Medical and sanitary report on the native army of Bombay for the year
Year: 1878
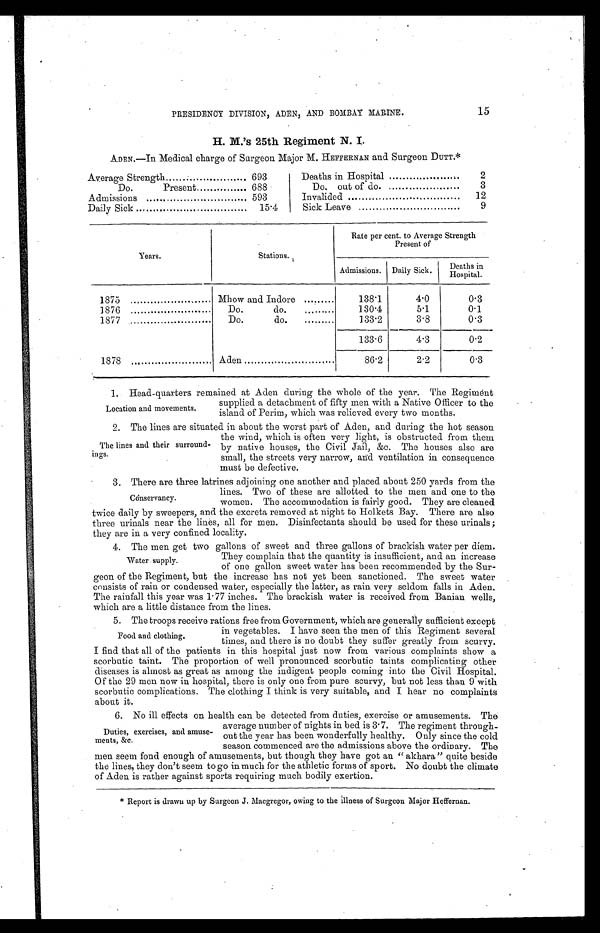
15
PRESIDENCY DIVISION, ADEN, AND BOMBAY MARINE.
H. M.’s 25th Regiment N. I.
ADEN.—In Medical charge of Surgeon Major M. HEFFERNAN and Surgeon DUTT.*
Average Strength
693
Deaths in Hospital
2
Do.
Present
688
Do.out of do.
3
Admissions
593
Invalided
12
Daily Sick
15.4
Sick Leave
9
Years.
Stations.
Rate per cent. to Average Strength
Present of
Admissions. Daily Sick.
Deaths
in Hospital.
1875
Mhow and Indore
138.1
4.0
0.3
1876
Do.
do.
130.4
5.1
0.1
1877 .
Do.
do.
133.2
3.8
0.3
133.6
4.3
0.2
1878
Aden
86.2
2.2
0.3
1. Head-quarters remained at Aden during the whole of the year. The Regim ėnt
supplied a detachment of fifty men with a Native Officer to the
island of Perim. which was relieved every two months.
2. The lines are situated in about the worst part of Aden, and during the hot season
the wind, which is often very light, is obstructed from them
by native houses, the Civil Jail, &c. The houses also are
small, the streets very narrow, and ventilation in consequence
must be defective.
3. There are three latrines adjoining one another and placed about 250 yards from the
lines. Two of these are allotted to the men and one to the
women. The accommodation is fairly good. They are cleaned
twice daily by sweepers, and the excreta removed at night to Holkets Bay. There are also
three urinals near the lines, all for men. Disinfectants should be used for these urinals ;
they are in a very confined locality.
4. The men get two gallons of sweet and three gallons of brackish water per diem.
They complain that the quantity is insufficient, and an increase
of one gallon sweet water has been recommended by the Sur-
geon of the Regiment, but the increase has not yet been sanctioned. The sweet water
consists of rain or condensed water, especially the latter, as rain very seldom falls in Aden.
The rainfall this year was 1.77 inches. The brackish water is received from Banian wells,
which are a little distance from the lines.
5. The troops receive rations free from Government, which are generally sufficient except
in vegetables. I have seen the men of this Regiment several
times, and there is no doubt they suffer greatly from scurvy.
I find that all of the patients in this hospital just now from various complaints show a
scorbutic taint. The proportion of well pronounced scorbutic taints complicating other
diseases is almost as great as among the indigent people coming into the Civil Hospital.
Of the 29 men now in hospital, there is only one from pure scurvy, but not less than 9 with
scorbutic complications. The clothing I think is very suitable, and I hear no complaints
about it.
6. No ill effects on health can be detected from duties, exercise or amusements. The
average number of nights in bed is 3.7. The regiment through-
out the year has been wonderfully healthy. Only since the cold
season commenced are the admissions above the ordinary. The
men seem fond enough of amusements, but though they have got an “ akhara” quite beside
the lines, they don’t seem to go in much for the athletic forms of sport. No doubt the climate
of Aden is rather against sports requiring much bodily exertion.
* Report is drawn up by Surgeon J. Macgregor, owing to the illness of Surgeon Major Heffernan.
Location and movements.
The lines and their surround-
ings.
Conservancy.
Water supply.
Food and clothing.
Duties, exercises, and amuse-
ments, &c.